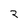
Character: 2